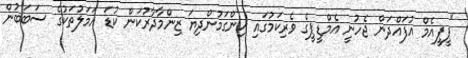
"ޕީޕީއެމް އުފައްދަން ޖެހުނީ އެމްޑީޕީގެ ވެރިކަމުގައި ހިންގަމުންދިޔަ ޒިންމާދާރުކަން ކުޑަ އަމަލުތަކުގެ ސަބަބުން